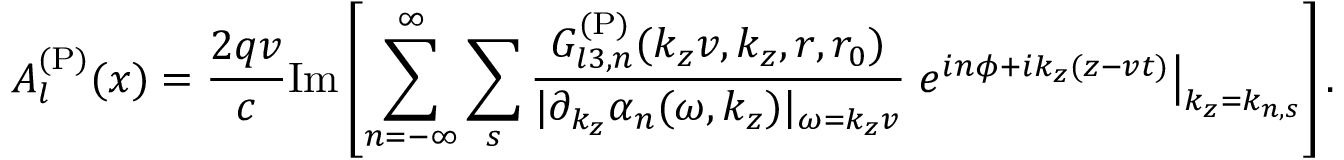
A _ { l } ^ { \mathrm { ( P ) } } ( x ) = \frac { 2 q v } { c } \mathrm { I m } \left[ \sum _ { n = - \infty } ^ { \infty } \sum _ { s } \frac { G _ { l 3 , n } ^ { \mathrm { ( P ) } } ( k _ { z } v , k _ { z } , r , r _ { 0 } ) } { | \partial _ { k _ { z } } \alpha _ { n } ( \omega , k _ { z } ) | _ { \omega = k _ { z } v } } \left. e ^ { i n \phi + i k _ { z } ( z - v t ) } \right\vert _ { k _ { z } = k _ { n , s } } \right] .